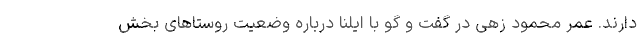
دارند. عمر محمود زهی در گفت و گو با ایلنا درباره وضعیت روستاهای بخش